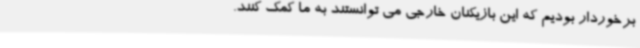
برخوردار بودیم که این بازیکنان خارجی می توانستند به ما کمک کنند.